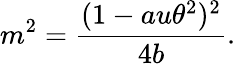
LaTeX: m^{2}=\frac{(1-au\theta^{2})^{2}}{4b}.